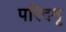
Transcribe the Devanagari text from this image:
परिदशृ